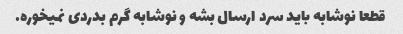
قطعا نوشابه باید سرد ارسال بشه و نوشابه گرم بدردی نمیخوره.